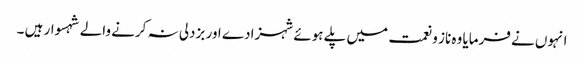
انہوں نے فرمایا وہ ناز و نعمت میں پلے ہوئے شہزادے اور بزدلی نہ کرنے والے شہسوار ہیں ۔